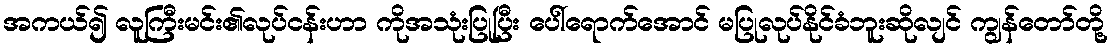
အကယ်၍ လူကြီးမင်း၏လုပ်ငန်းဟာ ကိုအသုံးပြုပြီး ပေါ်ရောက်အောင် မပြုလုပ်နိုင်ခံဘူးဆိုလျင် ကျွန်တော်တို့